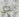
لدي